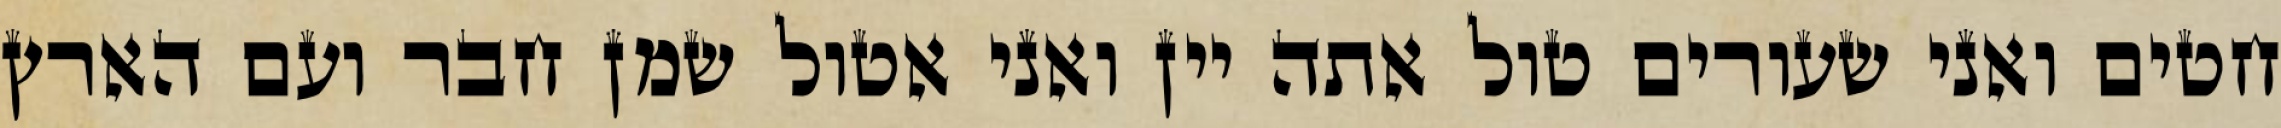
חטים ואני שעורים טול אתה יין ואני אטול שמן חבר ועם הארץ